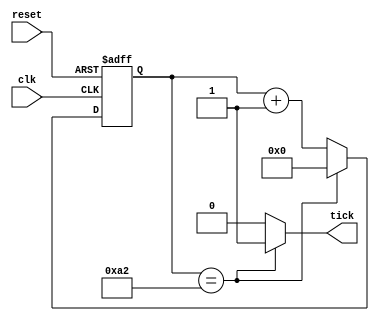
module baud_rate_generator
	#( 
   parameter N = 8, M = 163 // mod m
   )
	(
	input wire clk, reset,
	output wire tick
	);
	
// signal
reg [N-1:0] r_reg;
wire [N-1:0] r_next;
 always@(posedge clk, posedge reset)
 if(reset)
	r_reg <= 0;
 else 
	r_reg <= r_next;

 // next state
 assign r_next = (r_reg == M-1)? 0 : r_reg+1;
 // output logic
 assign tick = (r_reg == M-1)? 1'b1 : 1'b0;
 
 endmodule